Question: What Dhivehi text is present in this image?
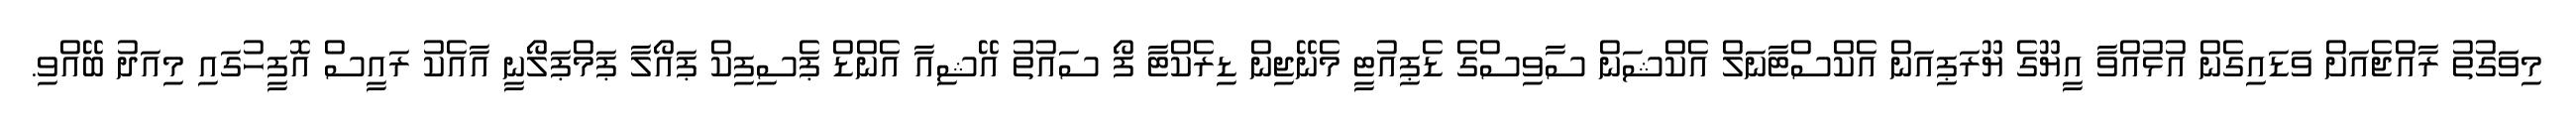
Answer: މިވަގުތު ރާއްޖެއަށް ވަޑައިގެން އުޅުއްވާ އީޔޫގެ ޔޫރަޕިއަން އެކްސްޓާނަލް އެކްޝަން ސާވިސްގެ ޑެޕިއުޓީ މެނޭޖިން ޑިރެކްޓާ ފޯ ސައުތު އޭޝިއާ އެންޑް ޕެސިފިކް ޕައޯލާ ޕަމްޕަލޯނީ އާއެކު ރައީސް އޮފީހުގައި މިއަދު ބޭއްވި.